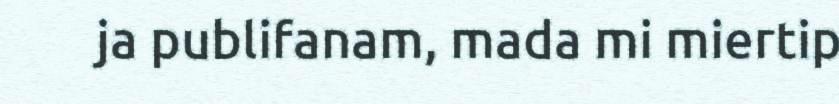
ja publifanam, mada mi miertip